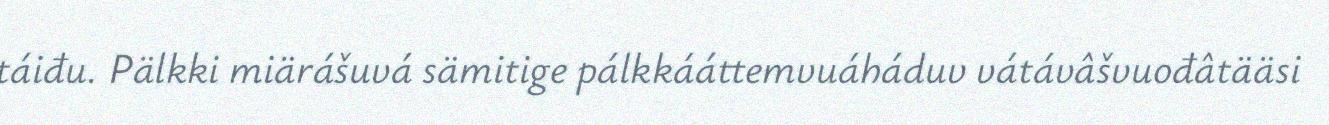
táiđu. Pälkki miärášuvá sämitige pálkkááttemvuáháduv vátávâšvuođâtääsi